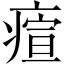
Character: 𤸧